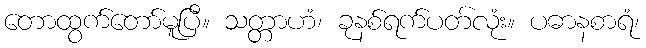
တောထွက်တော်မူပြီ။ သတ္တာဟံ၊ ခုနစ်ရက်ပတ်လုံး။ ပဓာနစာရံ၊